Report on sanitation, dispensaries, and jails in Rajputana for 1917, and on vaccination for the year 1917-1918 - 1917-1918
Year: 1917
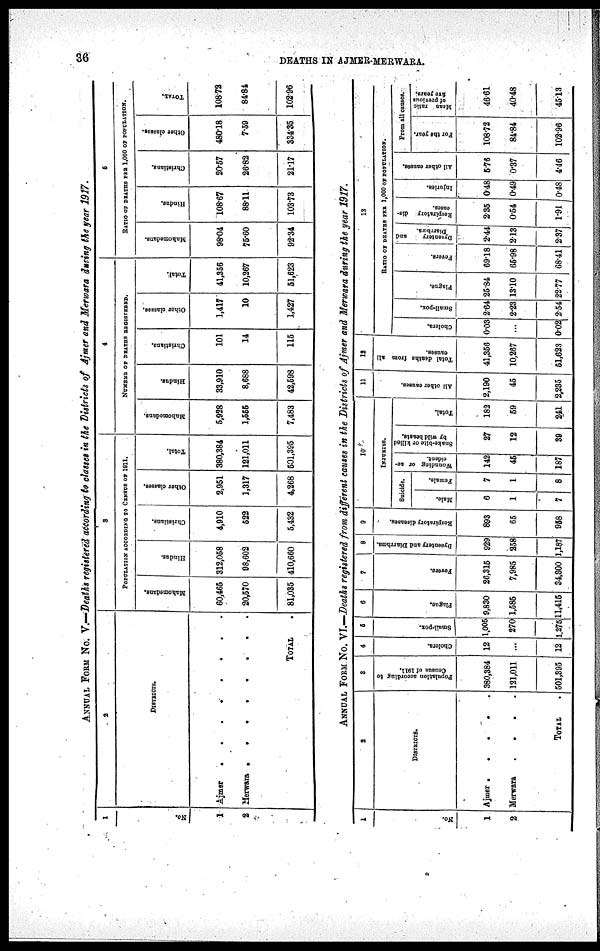
36
DEATHS IN AJMER-MERWARA.
ANNUAL FORM No. V.—Deaths registered according to classes in the Districts of Ajmer and Merwara during the year 1917
1
No.
1
2
2
DISTRICTS.
Ajmer
.
.
.
.
.
.
.
Merwara . . . . .
TOTAL .
3
POPULATION ACCORDING TO CENSUS OF 1911.
Mahomedans.
60,465
20,570
81,035
Hindus.
312,058
98,602
410,660
Christians.
4,910
522
5,432
Other classes.
2,951
1,317
4,268
Total.
380,384
121,011
501,395
3
NUMBER OF DEATHS REGISTERED.
Mahomedans.
5,928
1,555
7,483
Hindus.
33,910
8,688
42,598
Christians.
101
14
115
Other classes.
1,417
10
1,427
Total.
41,356
10,267
51,623
5
RATIO OF DEATHS PER 1,000 OF POPULATION.
Mahomedans.
98.04
75.60
92.34
Hindus.
108.67
88.11
103.73
Christians.
20.57
26.82
21.17
Other classes.
480.18
7.59
334.35
TOTAL
108.72
84.84
102.96
ANNUAL FORM No. VI.—Deaths registered from different causes in the Districts of Ajmer and Merwara during the year 1917.
1
No.
1
3
2
DISTRICTS.
Ajmer . . . . . . .
Merwara . . . . .
TOTAL.
3
Population according to census of 1911.
360,384
121,011
501,395
4
Cholera.
12
...
12
5
Small-pox.
1,005
270
1,275
6
Plague.
9,830
1,585
11,415
7
Fevers.
26,315
7,985
34,300
8
Dysentery and Diarrhœa.
929
258
1,187
9
Respiratory diseases.
893
65
958
10
INJURIES.
Suicide.
Male.
6
1
7
Female.
7
1
8
Wounding or ac¬
cident.
142
45
187
Snake-bite or killed
by wild beasts.
27
12
89
Total.
183
59
241
11
All other causes.
2,190
45
2,235
12
Total
deaths
from all
causes.
41,356
10,267
51,623
13
RATIO OF DEATHS PER 1,000 OF POPULATION.
Cholera.
0.03
...
0.02
Small-pox.
2.64
2.23
2.54
Plague.
25.84
13.10
22.77
Fevers.
69.18
65.98
68.41
Dysentery and
Diarrhœa
2.44
2.13
2.37
Respiratory dis¬
eases.
2.35
0.54
1.91
Injuries.
0.48
0.49
0.48
All other causes.
5.76
0.37
4.46
From all
causes.
For the year.
108.72
84.84
102.96
Mean ratio
of previous
five years.
46.61
40.48
45.13